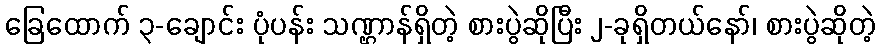
ခြေထောက် ၃-ချောင်း ပုံပန်း သဏ္ဌာန်ရှိတဲ့ စားပွဲဆိုပြီး ၂-ခုရှိတယ်နော်၊ စားပွဲဆိုတဲ့